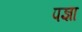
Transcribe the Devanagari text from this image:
पज्ञा